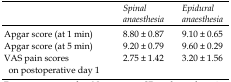
|  | Spinal anaesthesia | Epidural anaesthesia |
 | --- | --- | --- |
 | Apgar score (at 1 min) | 8.80 ± 0.87 | 9.10 ± 0.65 |
 | Apgar score (at 5 min) | 9.20 ± 0.79 | 9.60 ± 0.29 |
 | VAS pain scores on postoperative day 1 | 2.75 ± 1.42 | 3.20 ± 1.56 |